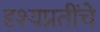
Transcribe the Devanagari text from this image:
दृश्यप्रतींचे